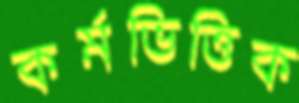
কর্মভিত্তিক